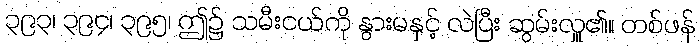
၃၉၃၊ ၃၉၄၊ ၃၉၅၊ ဤ၌ သမီးငယ်ကို နွားမနှင့် လဲပြီး ဆွမ်းလှူ၏။ တစ်ဖန်